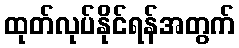
ထုတ်လုပ်နိုင်ရန်အတွက်